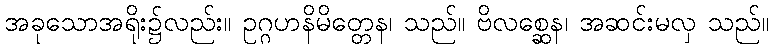
အခုသောအရိုး၌လည်း။ ဥဂ္ဂဟနိမိတ္တေန၊ သည်။ ဗိလစ္ဆေန၊ အဆင်းမလှ သည်။